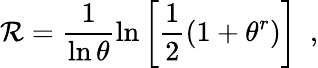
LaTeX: \mathcal{R}=\frac{{1}}{{\ln\theta}}\ln\left[\frac{{1}}{{2}}\left(1+\theta^{r}\right)\right]\, \, \, ,